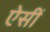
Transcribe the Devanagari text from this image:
ऐसीं